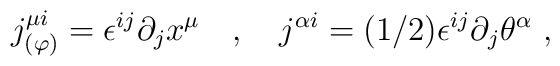
j^{\mu i}_{(\varphi)}=\epsilon^{ij}\partial_j x^\mu  \quad ,\quad j^{\alpha i}=(1/2)\epsilon^{ij}\partial_j\theta^\alpha \ ,